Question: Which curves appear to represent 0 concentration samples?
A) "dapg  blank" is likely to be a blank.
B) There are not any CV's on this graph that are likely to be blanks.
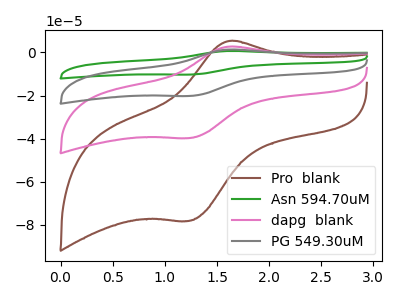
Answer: <think>The brown curve "Pro  blank" has an anodic peak at (1.60V, 5.35uA) and a cathodic peak at (1.25V, -78.25uA). The green curve "Asn 594.70uM" has an anodic peak at (1.60V, 8.15uA) and a cathodic peak at (1.25V, -119.35uA). The pink curve "dapg  blank" has an anodic peak at (1.60V, 2.70uA) and a cathodic peak at (1.25V, -39.80uA). The gray curve "PG 549.30uM" has an anodic peak at (1.60V, 5.40uA) and a cathodic peak at (1.25V, -79.60uA).</think>
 <answer>B) There are not any CV's on this graph that are likely to be blanks.</answer>
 <eval>B</eval>